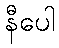
နီပေါ